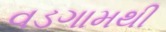
વડગામથી